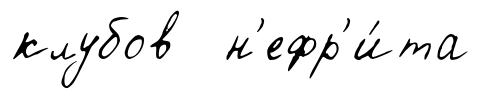
клубов н'ефр'и́та